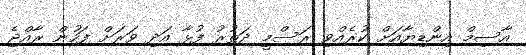
އާސިމް އިންޑިޔާއަށް ކުރެއްވި ރަސްމީ ދަތުރު ފުޅާ އަދި ވަރަށް ފަހުން ރާއްޖެ